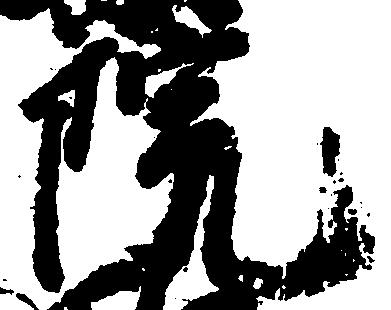
院